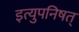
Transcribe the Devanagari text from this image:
इत्युपनिषत्‌